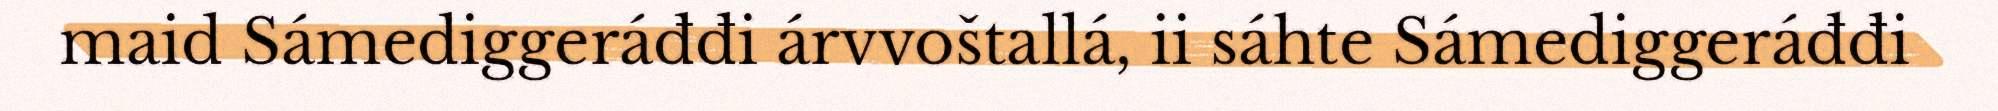
maid Sámediggeráđđi árvvoštallá, ii sáhte Sámediggeráđđi